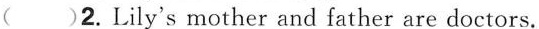
( )2.Lily's mother and father are doctors.